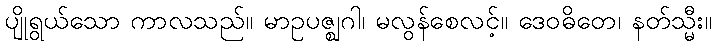
ပျိုရွယ်သော ကာလသည်။ မာဥပဇ္ဈဂါ၊ မလွန်စေလင့်။ ဒေဝဓိတေ၊ နတ်သ္မီး။